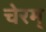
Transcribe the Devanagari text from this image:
चेरम्